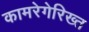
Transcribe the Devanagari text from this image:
कामरेगेरिख्त